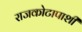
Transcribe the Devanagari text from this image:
राजकोटापाशी